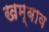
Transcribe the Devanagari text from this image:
खम्बाव